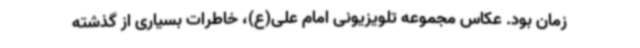
زمان بود. عکاس مجموعه تلویزیونی امام علی(ع)، خاطرات بسیاری از گذشته